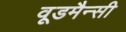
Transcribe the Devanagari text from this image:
वूडमैन्सी